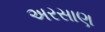
અરસાણ